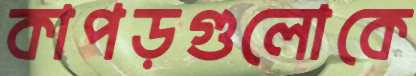
কাপড়গুলোকে